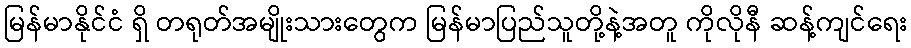
မြန်မာနိုင်ငံ ရှိ တရုတ်အမျိုးသားတွေက မြန်မာပြည်သူတို့နဲ့အတူ ကိုလိုနီ ဆန့်ကျင်ရေး